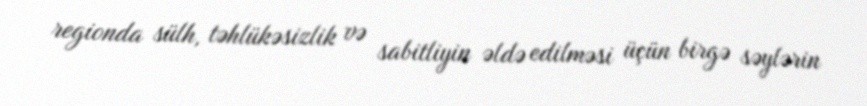
regionda sülh, təhlükəsizlik və sabitliyin əldə edilməsi üçün birgə səylərin